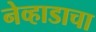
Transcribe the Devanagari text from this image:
नेव्हाडाचा